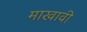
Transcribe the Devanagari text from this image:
माखावी